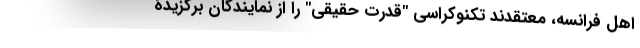
اهل فرانسه، معتقدند تکنوکراسی "قدرت حقیقی" را از نمایندگان برگزیدۀ